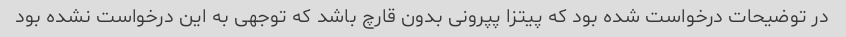
در توضیحات درخواست شده بود که پیتزا پپرونی بدون قارچ باشد که توجهی به این درخواست نشده بود